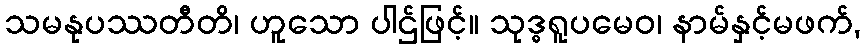
သမနုပဿတီတိ၊ ဟူသော ပါဌ်ဖြင့်။ သုဒ္ဓရူပမေဝ၊ နာမ်နှင့်မဖက်,